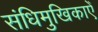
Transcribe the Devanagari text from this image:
संधिमुखिकाएँ